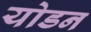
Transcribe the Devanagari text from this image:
योडन